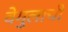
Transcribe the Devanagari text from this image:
वेमुलाची